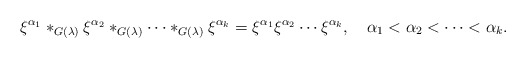
\begin{align*}\xi^{\alpha_1}*_{G(\lambda)}\xi^{\alpha_2}*_{G(\lambda)}\cdots*_{G(\lambda)}\xi^{\alpha_k}=\xi^{\alpha_1}\xi^{\alpha_2}\cdots\xi^{\alpha_k},\quad\alpha_1<\alpha_2<\cdots<\alpha_k.\end{align*}